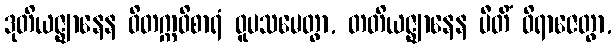
ဒုတိယဇ္ဈာနေန ဝိတက္ကဝိစာရံ ဝူပသမေတွာ, တတိယဇ္ဈာနေန ပီတိံ ဝိရာဇေတွာ,